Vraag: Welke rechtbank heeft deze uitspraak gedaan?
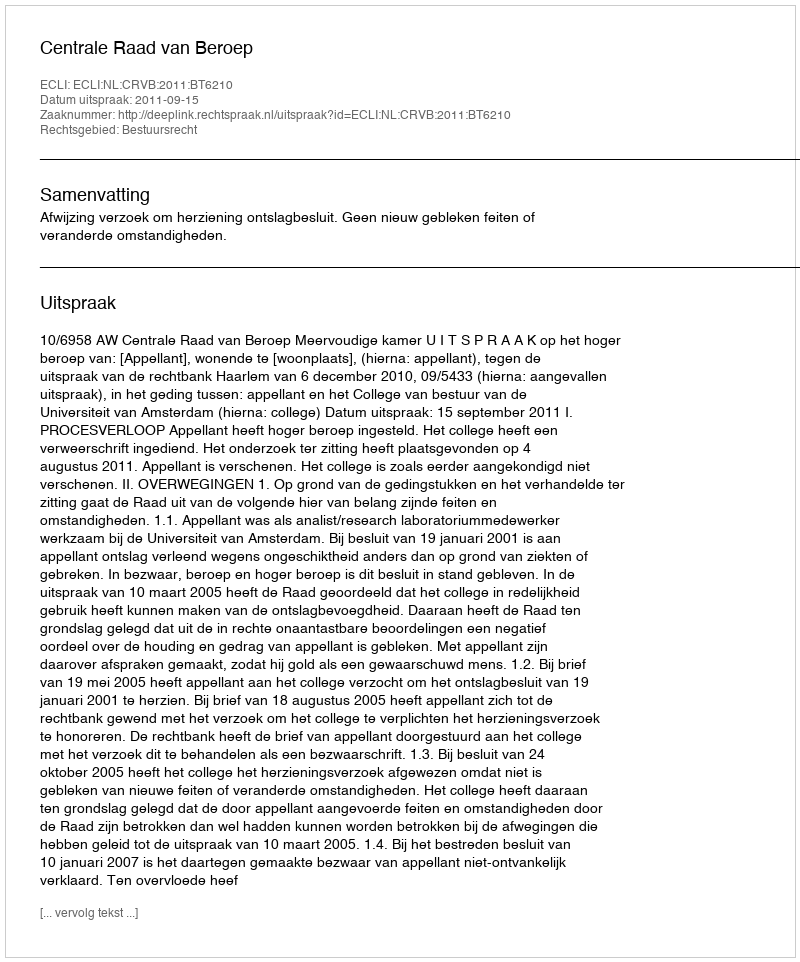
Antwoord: Centrale Raad van Beroep